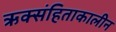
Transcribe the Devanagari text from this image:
ऋक्संहिताकालीन